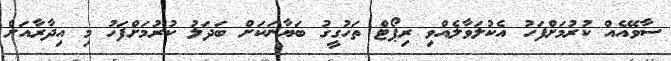
ސާވޭއެއް ކުރުމަށްފަހު އެކުލަވާލެއްވި ރިޕޯޓް ތަހުގީގު ބަޔާނަކަށް ބަދަލު ކުރުމަށްފަހު މި އިދާރާއަށް